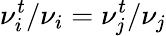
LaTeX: \nu_{i}^{t}/\nu_{i}=\nu_{j}^{t}/\nu_{j}